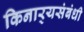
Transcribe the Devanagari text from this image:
किनार्‍यसंबंधी